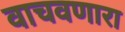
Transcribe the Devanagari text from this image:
वाचवणारा